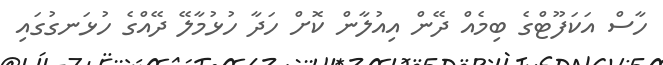
ހާސް އަކަފޫޓްގެ ބިމެއް ދޭން އިއުލާން ކޮށް ހަދާ ހުޅުމާލޭ ދޭއްގެ ހުޅަނގުގައި